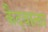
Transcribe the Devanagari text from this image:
कैदवाला